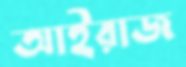
আইরাজ